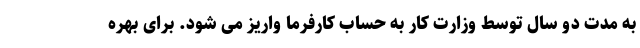
به مدت دو سال توسط وزارت کار به حساب کارفرما واریز می شود. برای بهره